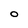
Character: O